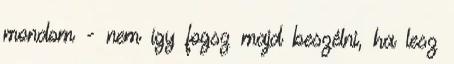
mondom - nem így fogsz majd beszélni, ha lesz